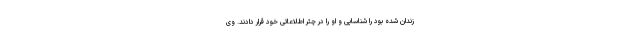
زندان شده بود را شناسایی و او را در چتر اطلاعاتی خود قرار دادند. وی